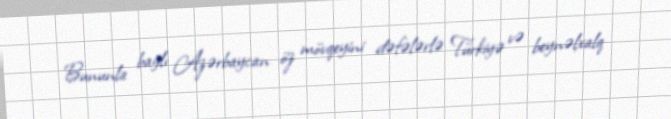
Bununla bağlı Azərbaycan öz mövqeyini dəfələrlə Türkiyə və beynəlxalq